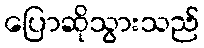
ပြောဆိုသွားသည်